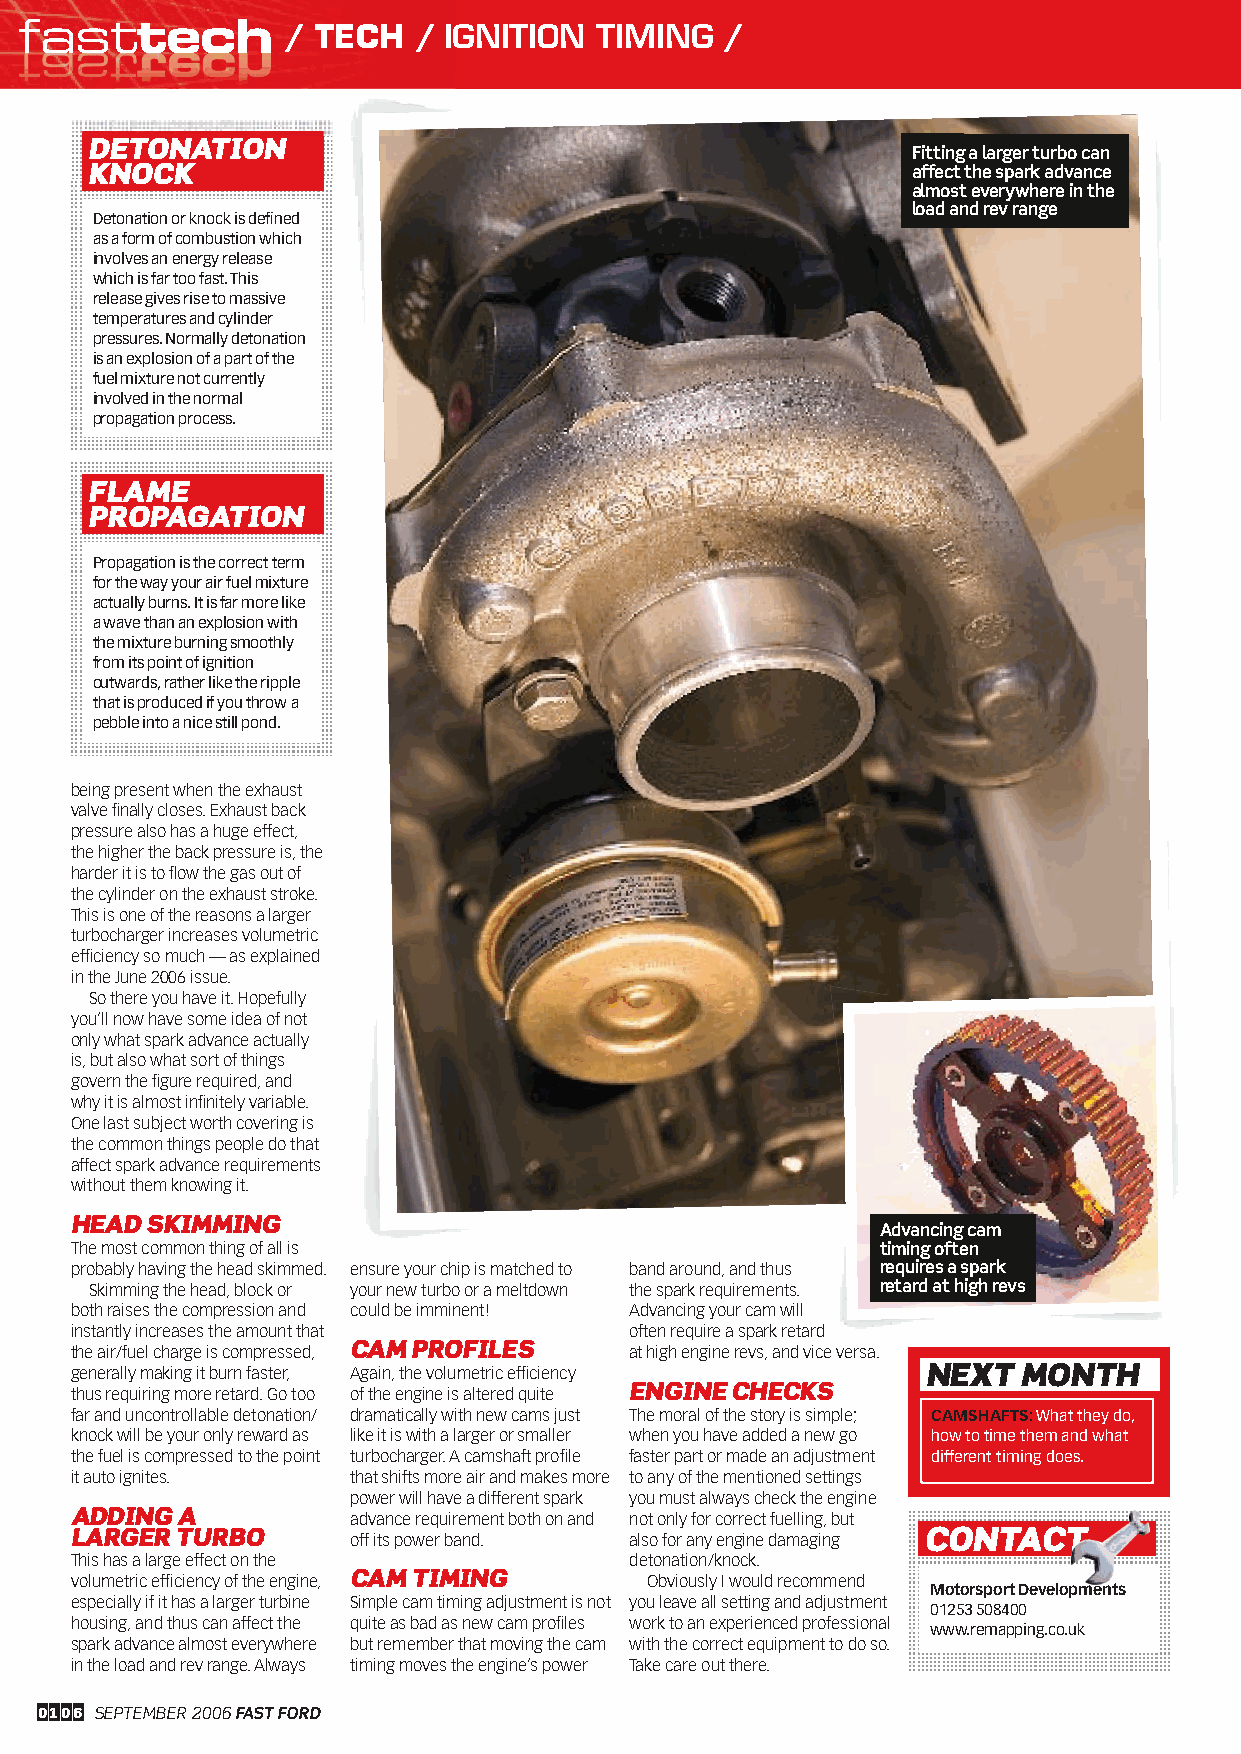
fasttech          / TECH  / IGNITION   TIMING  /
 DETONATION
 Fitting a larger turbo can
 KNOCK                                                 affect the spark advance
 almost everywhere in the
 load and rev range
 Detonation or knock is defi ned
 as a form of combustion which
 involves an energy release
 which is far too fast. This
 release gives rise to massive
 temperatures and cylinder
 pressures. Normally detonation
 is an explosion of a part of the
 fuel mixture not currently
 involved in the normal
 propagation process.
 FLAME
 PROPAGATION
 Propagation is the correct term
 for the way your air fuel mixture
 actually burns. It is far more like
 a wave than an explosion with
 the mixture burning smoothly
 from its point of ignition
 outwards, rather like the ripple
 that is produced if you throw a
 pebble into a nice still pond.
 being present when the exhaust
 valve fi nally closes. Exhaust back
 pressure also has a huge effect,
 the higher the back pressure is, the
 harder it is to fl ow the gas out of
 the cylinder on the exhaust stroke.
 This is one of the reasons a larger
 turbocharger increases volumetric
 effi ciency so much — as explained
 in the June 2006 issue.
 So there you have it. Hopefully
 you’ll now have some idea of not
 only what spark advance actually
 is, but also what sort of things
 govern the fi gure required, and
 why it is almost infi nitely variable.
 One last subject worth covering is
 the common things people do that
 affect spark advance requirements
 without them knowing it.
 HEAD SKIMMING
 Advancing cam
 The most common thing of all is                      timing often
 probably having the head skimmed. ensure your chip is matched to band around, and thus requires a spark
 Skimming the head, block or your new turbo or a meltdown the spark requirements. retard at high revs
 both raises the compression and could be imminent! Advancing your cam will
 instantly increases the amount that  often require a spark retard
 the air/fuel charge is compressed, CAM PROFILES at high engine revs, and vice versa.
 generally making it burn faster, Again, the volumetric effi ciency NEXT MONTH
 thus requiring more retard. Go too of the engine is altered quite ENGINE CHECKS
 far and uncontrollable detonation/ dramatically with new cams just The moral of the story is simple; CAMSHAFTS: What they do,
 knock will be your only reward as like it is with a larger or smaller when you have added a new go how to time them and what
 the fuel is compressed to the point turbocharger. A camshaft profi le faster part or made an adjustment different timing does.
 it auto ignites.  that shifts more air and makes more to any of the mentioned settings
 power will have a different spark you must always check the engine
 ADDING A          advance requirement both on and not only for correct fuelling, but
 LARGER TURBO      off its power band. also for any engine damaging CONTACT
 This has a large effect on the       detonation/knock.
 volumetric effi ciency of the engine, CAM TIMING Obviously I would recommend
 Motorsport Developments
 especially if it has a larger turbine Simple cam timing adjustment is not you leave all setting and adjustment
 01253 508400
 housing, and thus can affect the quite as bad as new cam profi les work to an experienced professional
 www.remapping.co.uk
 spark advance almost everywhere but remember that moving the cam with the correct equipment to do so.
 in the load and rev range. Always timing moves the engine’s power Take care out there.
 0106 SEPTEMBER 2006 FAST FORD